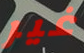
غير